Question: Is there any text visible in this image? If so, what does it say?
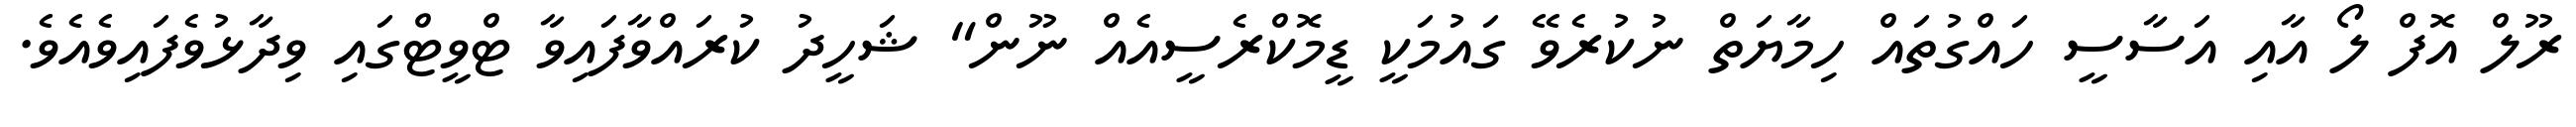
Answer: ރޫލް އޮފް ލޯ އާއި އަސާސީ ހައްގުތައް ހިމާޔަތް ނުކުރެވޭ ގައުމަކީ ޑީމޮކްރެސީއެއް ނޫން" ޝަހީދު ކުރައްވާފައިވާ ޓްވީޓްގައި ވިދާޅުވެފައިވެއެވެ.